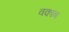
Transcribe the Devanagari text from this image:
वक़ाब